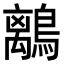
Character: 𪅆